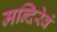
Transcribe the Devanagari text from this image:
मन्दिरेवं